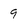
Character: 9